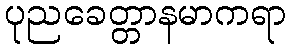
ပုညခေတ္တာနမာကရာ